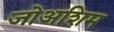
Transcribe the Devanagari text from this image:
जोअशिम